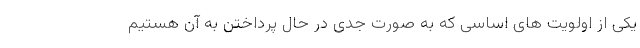
یکی از اولویت های اساسی که به صورت جدی در حال پرداختن به آن هستیم